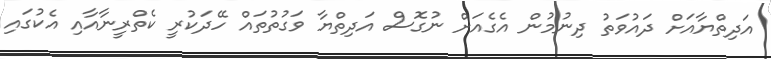
އަދިތްޔާއަށް ދައުވަތު ދިނުމުން އެގެއަށް ނުގޮސް އަދިތްޔާ ވަގުތުތައް ހޭދަކުރީ ކެތްރީނާއާއި އެކުގައި